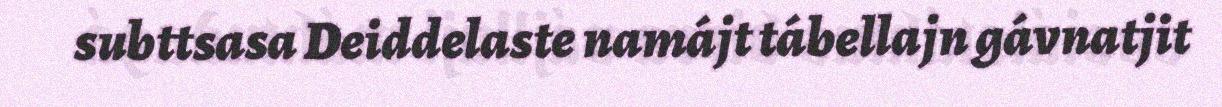
subttsasa Deiddelaste namájt tábellajn gávnatjit